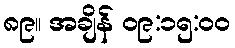
၈၉။ အချိန် ၀၉:၁၅:၀၀